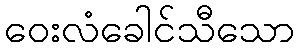
ဝေးလံခေါင်သီသော